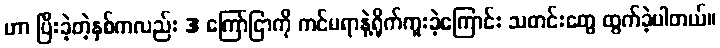
ဟာ ပြီးခဲ့တဲ့နှစ်ကလည်း 3 ကြော်ငြာကို ကင်မရာနဲ့ရိုက်ကူးခဲ့ကြောင်း သတင်းတွေ ထွက်ခဲ့ပါတယ်။